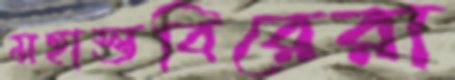
মহাস্তবিরেরা